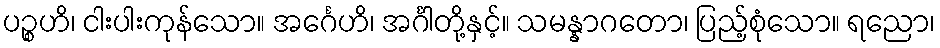
ပဉ္စဟိ၊ ငါးပါးကုန်သော။ အင်္ဂေဟိ၊ အင်္ဂါတို့နှင့်။ သမန္နာဂတော၊ ပြည့်စုံသော။ ရညော၊